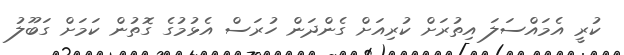
ކުރީ އެމައްސަލަ އިތުރަށް ކުރިއަށް ގެންދަން ހުރަސް އެޅުމުގެ ގޮތުން ކަމަށް ގަބޫލު